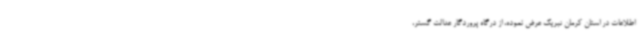
اطلاعات در استان کرمان تبریک عرض نموده، از درگاه پروردگار عدالت گستر،